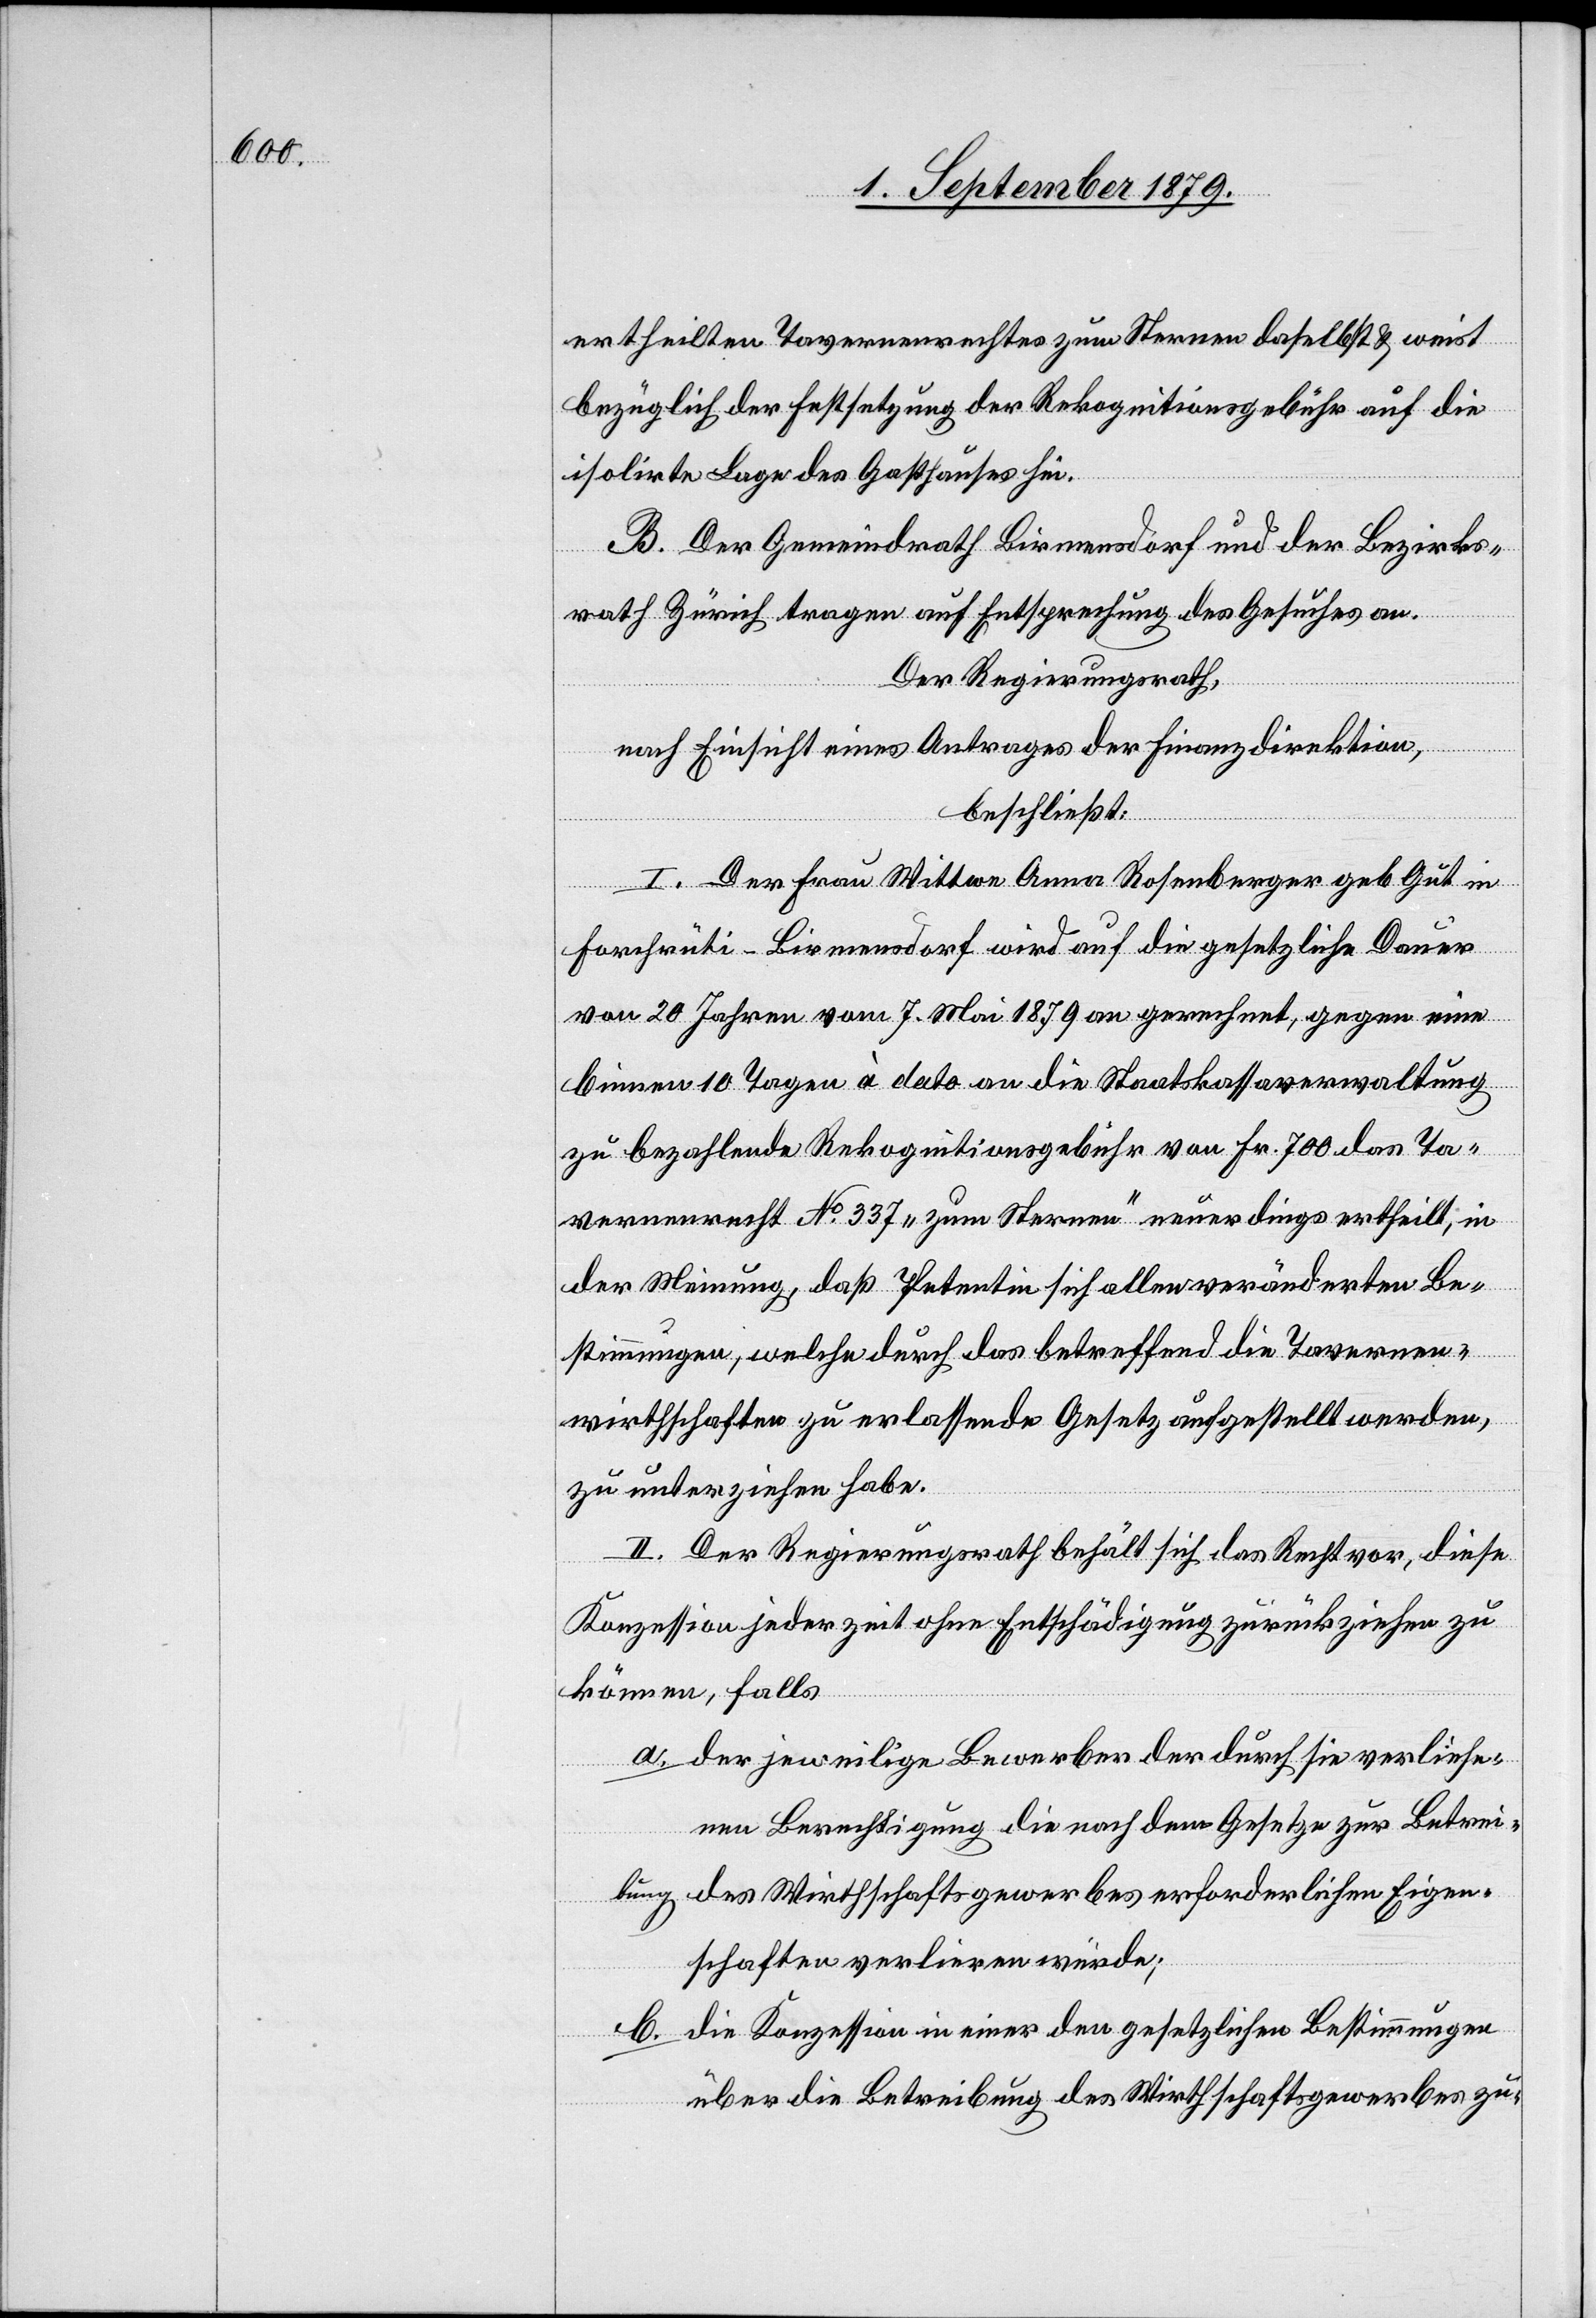
ertheilten Tavernenrechtes zum Sternen daselbst & weist
bezüglich der Festsetzung der Rekognitionsgebühr auf die
isolirte Lage des Gasthauses hin.
B. Der Gemeindrath Birmensdorf und der Bezirks¬
rath Zürich tragen auf Entsprechung des Gesuches an.
Der Regierungsrath,
nach Einsicht eines Antrages der Finanzdirektion,
beschließt:
I. Der Frau Wittwe Anna Rosenberger geb. Gut in
Forchrüti - Birmensdorf wird auf die gesetzliche Dauer
von 20 Jahren vom 7. Mai 1879 an gerechnet, gegen eine
binnen 10 Tagen à dato an die Staatskassaverwaltung
zu bezahlende Rekognitionsgebühr von Fr. 700 das Ta¬
vernenrecht No 337 „zum Sternen“ neuerdings ertheilt, in
der Meinung, daß Petentin sich allen veränderten Be¬
stimmungen, welche durch das betreffend die Tavernen¬
wirthschaften zu erlassende Gesetz aufgestellt werden,
zu unterziehen habe.
II. Der Regierungsrath behält sich das Recht vor, diese
Konzession jederzeit ohne Entschädigung zurückziehen zu
können, falls
a. der jeweilige Bewerber der durch sie verliehe¬
nen Berechtigung die nach dem Gesetze zur Betrei¬
bung des Wirthschaftsgewerbes erforderlichen Eigen¬
schaften verlieren würde;
b. die Konzession in einer den gesetzlichen Bestimmungen
über die Betreibung des Wirthschaftsgewerbes zu-